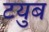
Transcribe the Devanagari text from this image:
टयुब